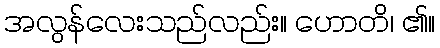
အလွန်လေးသည်လည်း။ ဟောတိ၊ ၏။